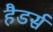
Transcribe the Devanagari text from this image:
हैडर्स